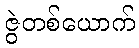
ဇွဲတစ်ယောက်